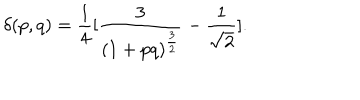
LaTeX: \delta ( p , q ) = { \frac { 1 } { 4 } } [ { \frac { 3 } { ( 1 + p q ) ^ { \frac { 3 } { 2 } } } } - { \frac { 1 } { \sqrt 2 } } ] .